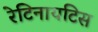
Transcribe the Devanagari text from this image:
रेटिनायटिस